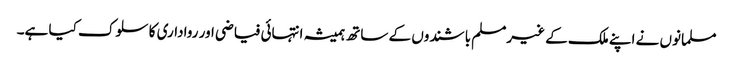
مسلمانوں نے اپنے ملک کے غیرمسلم باشندوں کے ساتھ ہمیشہ انتہائی فیاضی اور رواداری کا سلوک کیا ہے۔